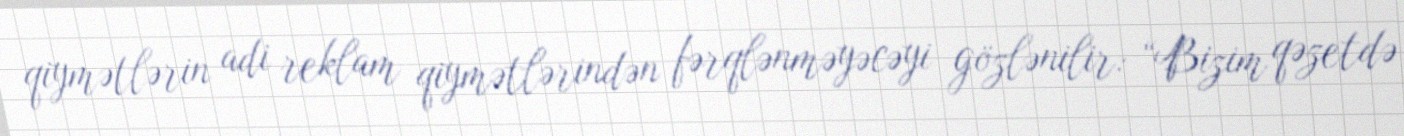
qiymətlərin adi reklam qiymətlərindən fərqlənməyəcəyi gözlənilir: “Bizim qəzetdə